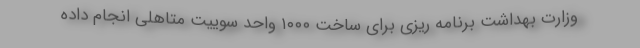
وزارت بهداشت برنامه ریزی برای ساخت ۱٠٠٠ واحد سوییت متاهلی انجام داده